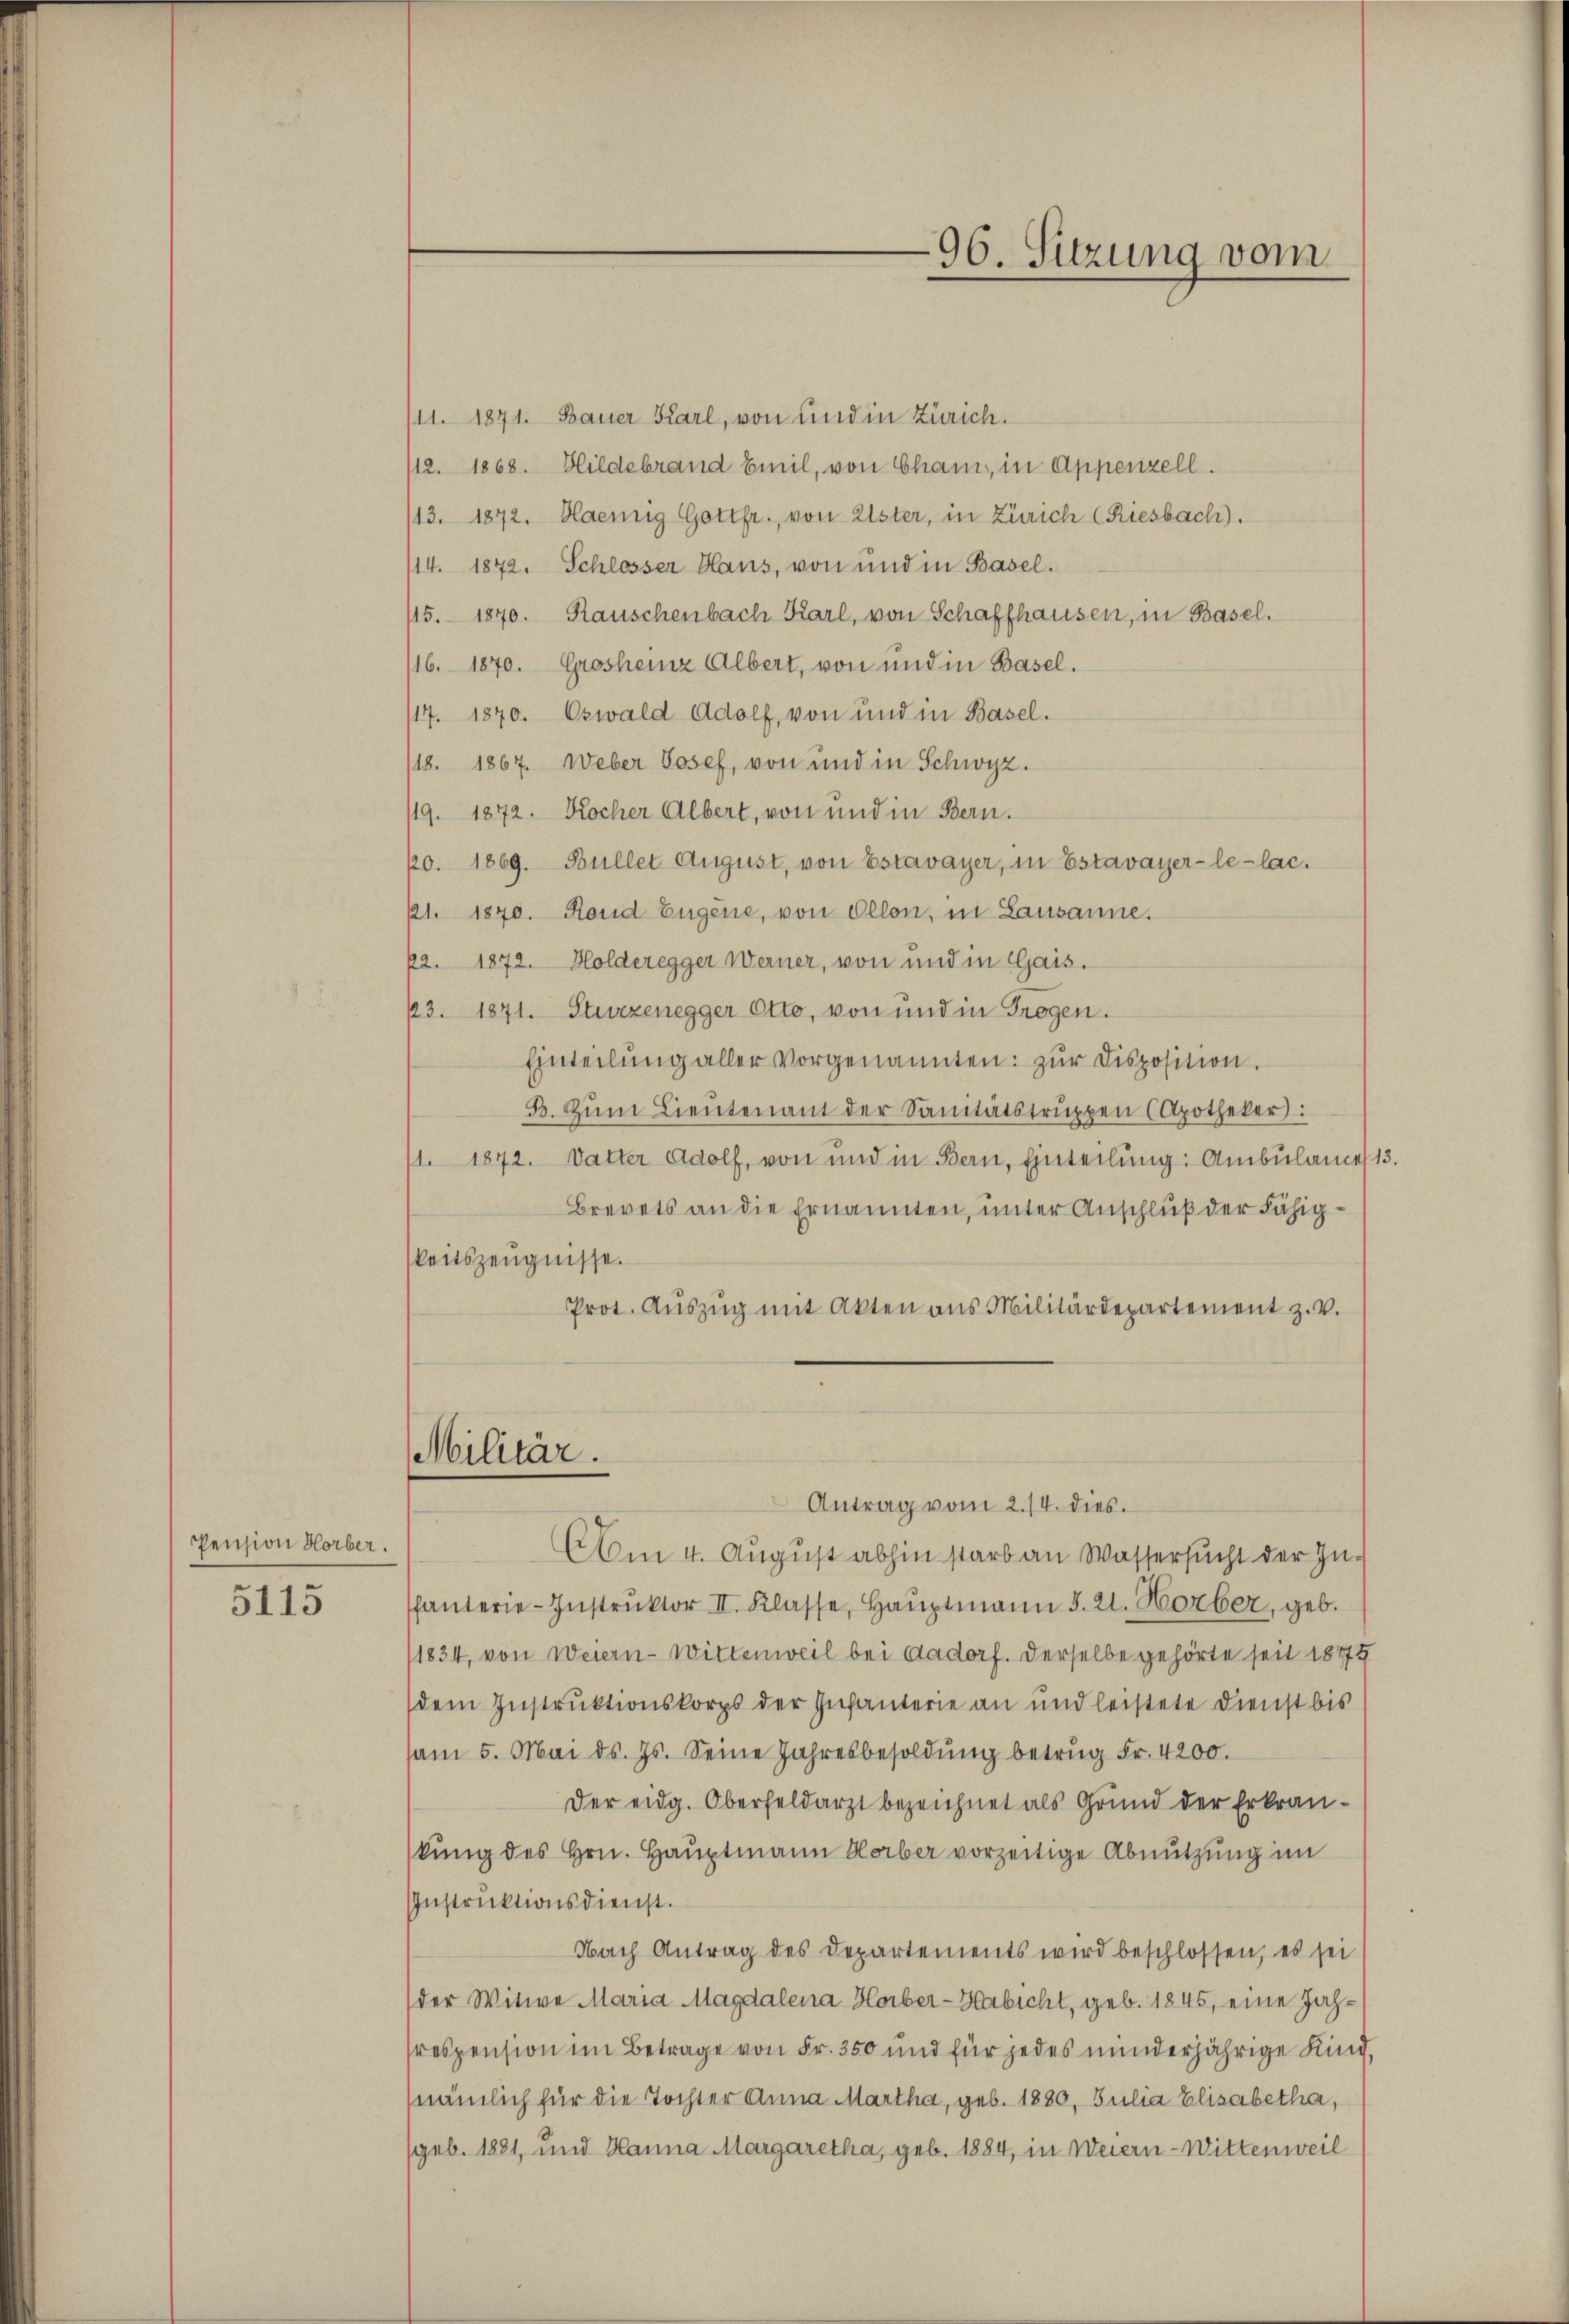
Pension Horber.
5115

/11. 1871. Bauer Karl, von und in Zürich.
/12. 1868. Hildebrand Emil, von Cham, in Appenzell.
113. 1872. Haenig Gottfr. von Ester, in Zürich (Riesbach).
114. 1872. Schlosser Haus, von und in Basel.
15. 1870. Rauschenbach Karl, von Schaffhausen, in Basel.
(16. 1870. Grosheinz Albert, von und in Basel.
117. 1870. Ozwald Adolf, von und in Basel.
/18. 1867. Weber Josef, von und in Schwyz.
119. 1872. Kocher Albert, von und in Bern.
ko. 1869. Bullet August, von Estavayer, in Estavayer-le-lac.
61. 1870. Kond Eugene, von Ollon, in Lausanne.
72. 1872. Holderegger Werner, von und in Gais.
13. 1871. Sturzenegger Otto, von und in Trogen.
Einteilŭng aller vorgenannten: zŭr disposition.
B. Zum Lieŭtenant der Sanitätstruppen (Apotheker:
/1. 1872. Vatter Adolf, von und in Bern, Einteilung: Ambülances 13.
Brevets an die Ernannten, unter Anschluß der Fähig¬
Weitszeugnisse.
Prot. Aŭszŭg mit Akten ans Militärdepartement z. v.

Militär.

Antrag vom 2./4. dies
AAm 4. August abhin starb an Wassersucht der In-
fanterie-Instrŭktor II. Klasse, Haŭptmann S. 21. Horber, geb.
11834, von Weiern - Wittenweil bei Aadorf. Derselbe gehörte seit 18475
(dem Instruktionskorps der Infanterie an und leistete Dienst bis
sam 5. Mai d. Js. Seine Jahresbesoldŭng betrŭg Fr. 4200.
Der eidg. Oberfeldarzt bezeichnet als Grund der Erkrankung des Hrn. Hauptmann Horber vorzeitige Abnutzung im
Instruktionsdienst.
Nach Antrag des Departements wird beschlossen, es sei
(der Witwe Maria Magdalena Horber-Habicht, geb. 1845, eine Jahrespension im Betrage von Fr. 350 und für jedes minderjährige Kind
nämlich für die Tochter Anna Martha, geb. 1880, Julia Elisabetha,
sgeb. 1881, und Hanna Margaretha, geb. 1884, in Weiern - Wittenweil

96. Sitzung vom